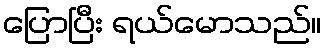
ပြောပြီး ရယ်မောသည်။